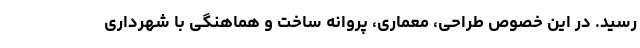
رسید. در این خصوص طراحی، معماری، پروانه ساخت و هماهنگی با شهرداری